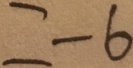
= - 6